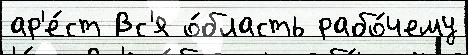
ар'е́ст Вс'я о́бласть рабо́чему